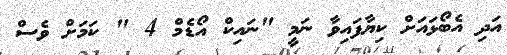
އަދި އެބޯޅައަށް ކިޔާފައިވާ ނަމީ "ނައިކް އޯޑެމް 4 " ކަމަށް ވެސް